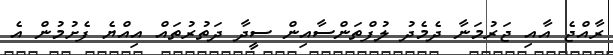
ރާއްޖެ އާއި ޖަރުމަނާ ދެމެދު ލުފްތަންސާއިން ސީދާ ދަތުރުތައް އިއްޔެ ފެށުމުން އެ